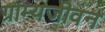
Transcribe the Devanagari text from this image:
ग्राम्यजीवन